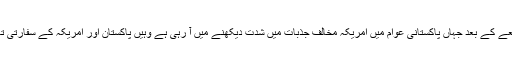
ستائیس جنوری کو پیش آنے والے اس واقعے کے بعد جہاں پاکستانی عوام میں امریکہ مخالف جذبات میں شدت دیکھنے میں آ رہی ہے وہیں پاکستان اور امریکہ کے سفارتی تعلقات میں تناؤ بھی واضح ہوتا جا رہا ہے۔